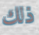
ذلك